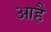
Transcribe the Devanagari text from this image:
आहै